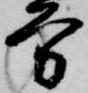
方